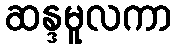
ဆန္ဒမူလကာ